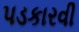
પડકારવી